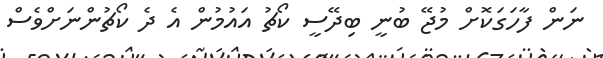
ނަން ފާހަގަކޮށް މުޖޭ ބުނީ ބިދޭސީ ކޯޗު އައުމުން އެ ދެ ކޯޗުންނަށްވެސް